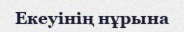
Екеуінің нұрына